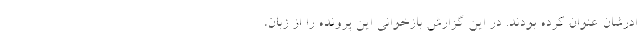
ادرشان عنوان کرده بودند. در این گزارش بازخوانی این پرونده را از زبان،